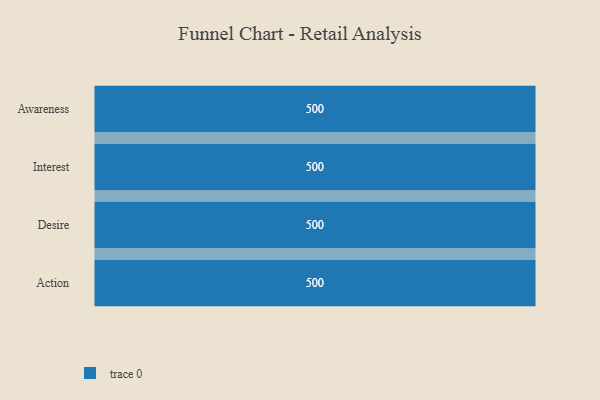
{"axis": {"x": "Stage", "y": "Value"}, "legend": [""], "data": [{"x": "Awareness", "y": 500, "type": ""}, {"x": "Interest", "y": 500, "type": ""}, {"x": "Desire", "y": 500, "type": ""}, {"x": "Action", "y": 500, "type": ""}]}